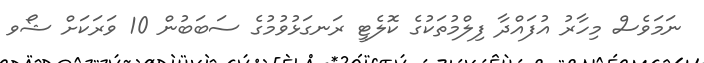
ނަމަވެސް މިހާރު އުފައްދާ ފިލްމުތަކުގެ ކޮލެޓީ ރަނގަޅުވުމުގެ ސަބަބުން 10 ވަރަކަށް ޝޯވ